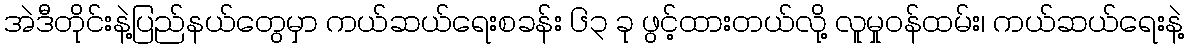
အဲဒီတိုင်းနဲ့ပြည်နယ်တွေမှာ ကယ်ဆယ်ရေးစခန်း ၆၃ ခု ဖွင့်ထားတယ်လို့ လူမှုဝန်ထမ်း၊ ကယ်ဆယ်ရေးနဲ့